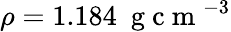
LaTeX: \rho=1.184~\mathrm{~g~c~m~}^{-3}